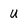
Character: U